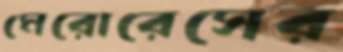
মেরোরেসের